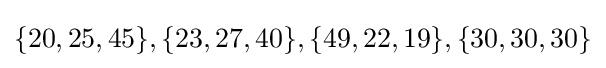
\{20,25,45\},\{23,27,40\},\{49,22,19\},\{30,30,30\}